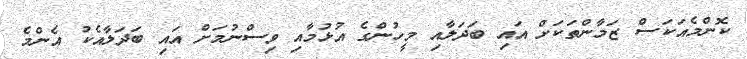
ކޮންމެއަކަސް ޒަމާންތަކަށް އައި ބަދަލާއި މީހުންގެ އުޅުމާއި ވިސްނުމަށް އައި ބަދަލާއެކު އެންމެ